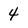
Character: 4